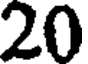
20